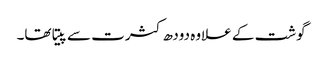
گوشت کے علاوہ دودھ کثرت سے پیتا تھا۔